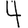
Digit: 4